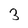
Character: 3